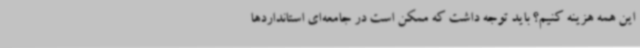
این همه هزینه کنیم؟ باید توجه داشت که ممکن است در جامعه‌ای استانداردها